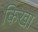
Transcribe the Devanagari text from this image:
किखा